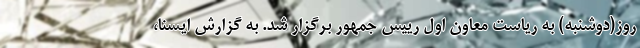
روز(دوشنبه) به ریاست معاون اول رییس جمهور برگزار شد. به گزارش ایسنا،